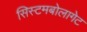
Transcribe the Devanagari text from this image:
सिस्टमबोलागेट